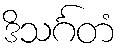
ဒိသင်္ဂတံ